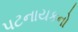
પટનાયકનો